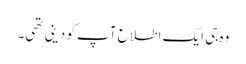
وہ جی ایک اطلاع آپ کو دینی تھی۔